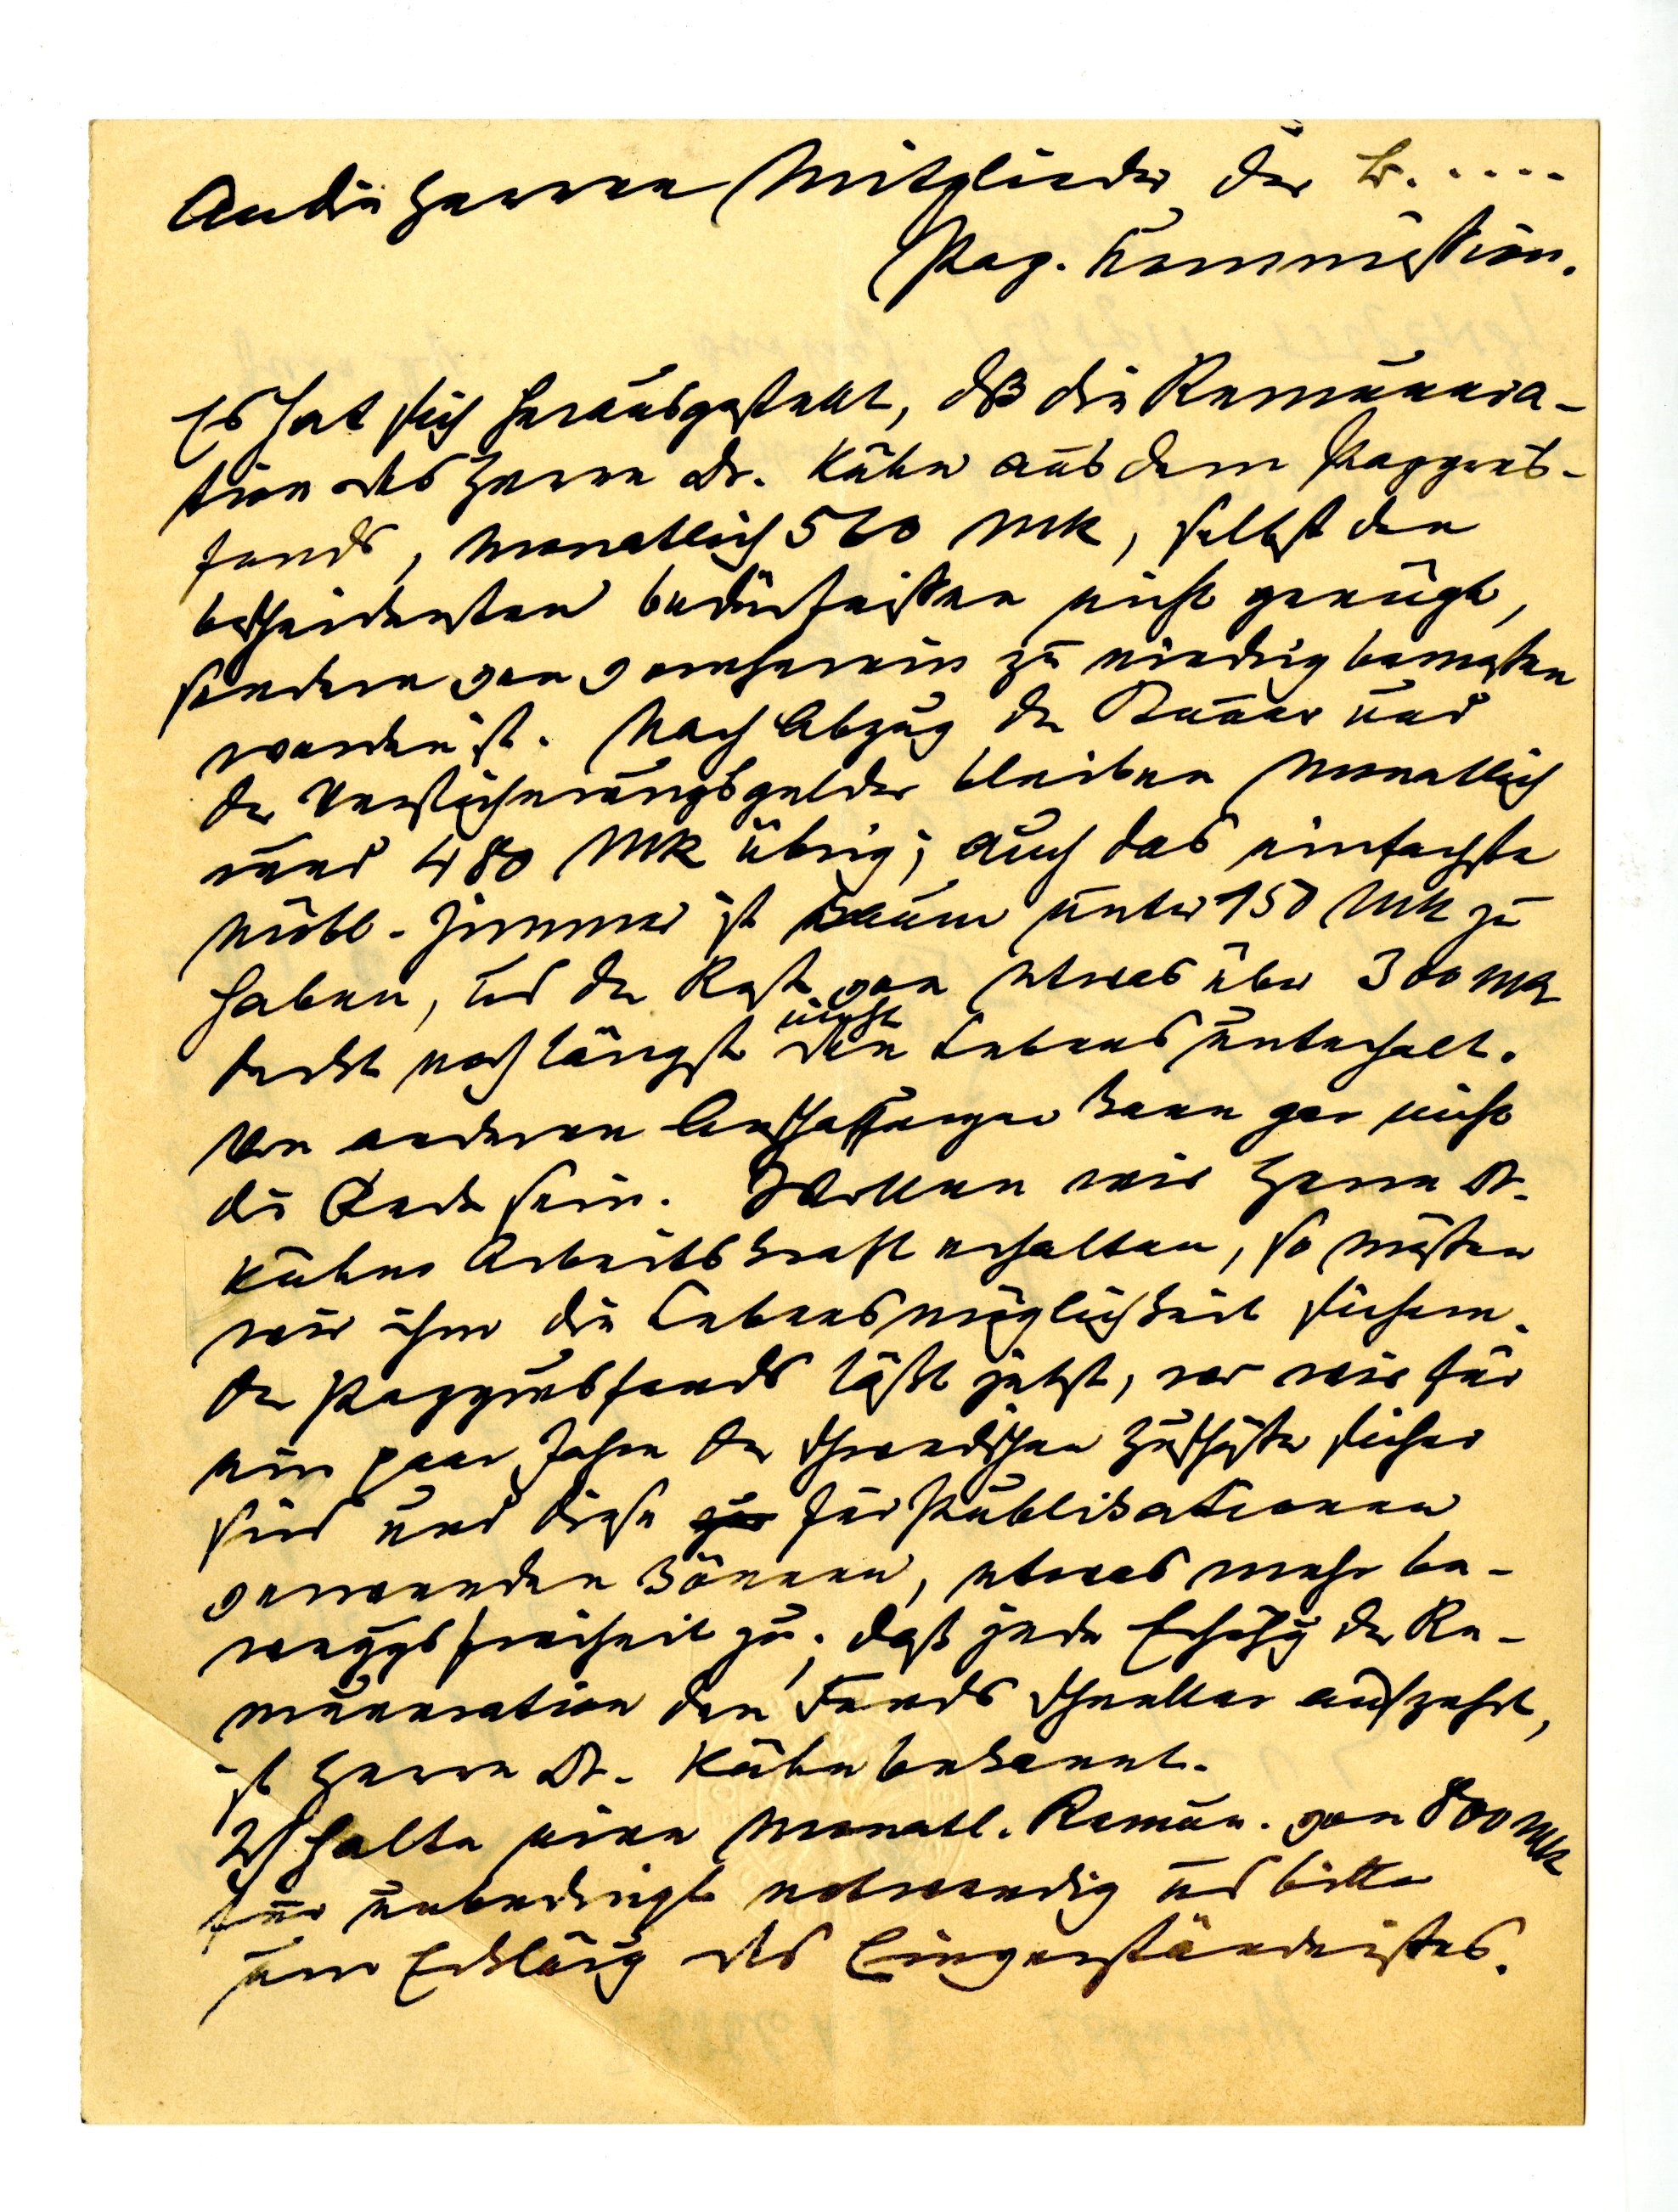
An die Herren Mitglieder der be.
Pap. kommission.
Es hat sich herausgestellt, daß die Remunera¬
tion des Herrn Dr. Kühn aus dem Papyrus¬
fonds, monatlich 510 MK, selbst den
bescheidensten Bedürfnissen nicht genügt,
sondern von vornherein zu wenig bemessen
worden ist. Nach Abzug der Steuer und
der Versicherungsgelder bleiben monatlich
rund 480 MK übrig; auch das einfachste
m򢬮 Zimmer ist kaum unter 150 Mk zu¬
haben, und der Rest von etwas über 300 MK
nicht
deckt noch längst den Lebensunterhalt.
Von andren Anschaffungen kann gar nicht
die Rede sein. Wollen wir Herrn Dr.
Kühns Arbeitskraft erhalten, so müssen
wir ihm die Lebensmöglichkeit sichern.
Der Papyrusfonds lässt jetzt, wo wir für
ein paar Jahre der schwedischen Zusch sicher
sind und diese für Puplikationen
verwenden können, etwas mehr Be¬
weggsfreiheit zu; daß jetzt Erfolg der Re¬
muneration den Fonds schneller aufzehrt
ist Herrn Dr. Kühn bekannt.
Ich halte eine monatl. Remun. von 800 MK
für unbedingt notwendig und bitte
um Erklärg des Einverständnisses.